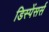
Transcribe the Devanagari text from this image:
डिस्पेंसर्स